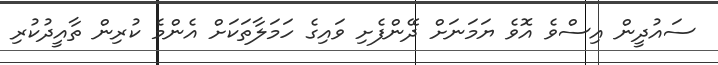
ސައުދީން އިސްވެ އޮވެ ޔަމަނަށް ދޭންފެށި ވައިގެ ހަމަލާތަކަށް އެންމެ ކުރިން ތާއީދުކުރި